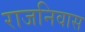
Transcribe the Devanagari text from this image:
राजनिवास